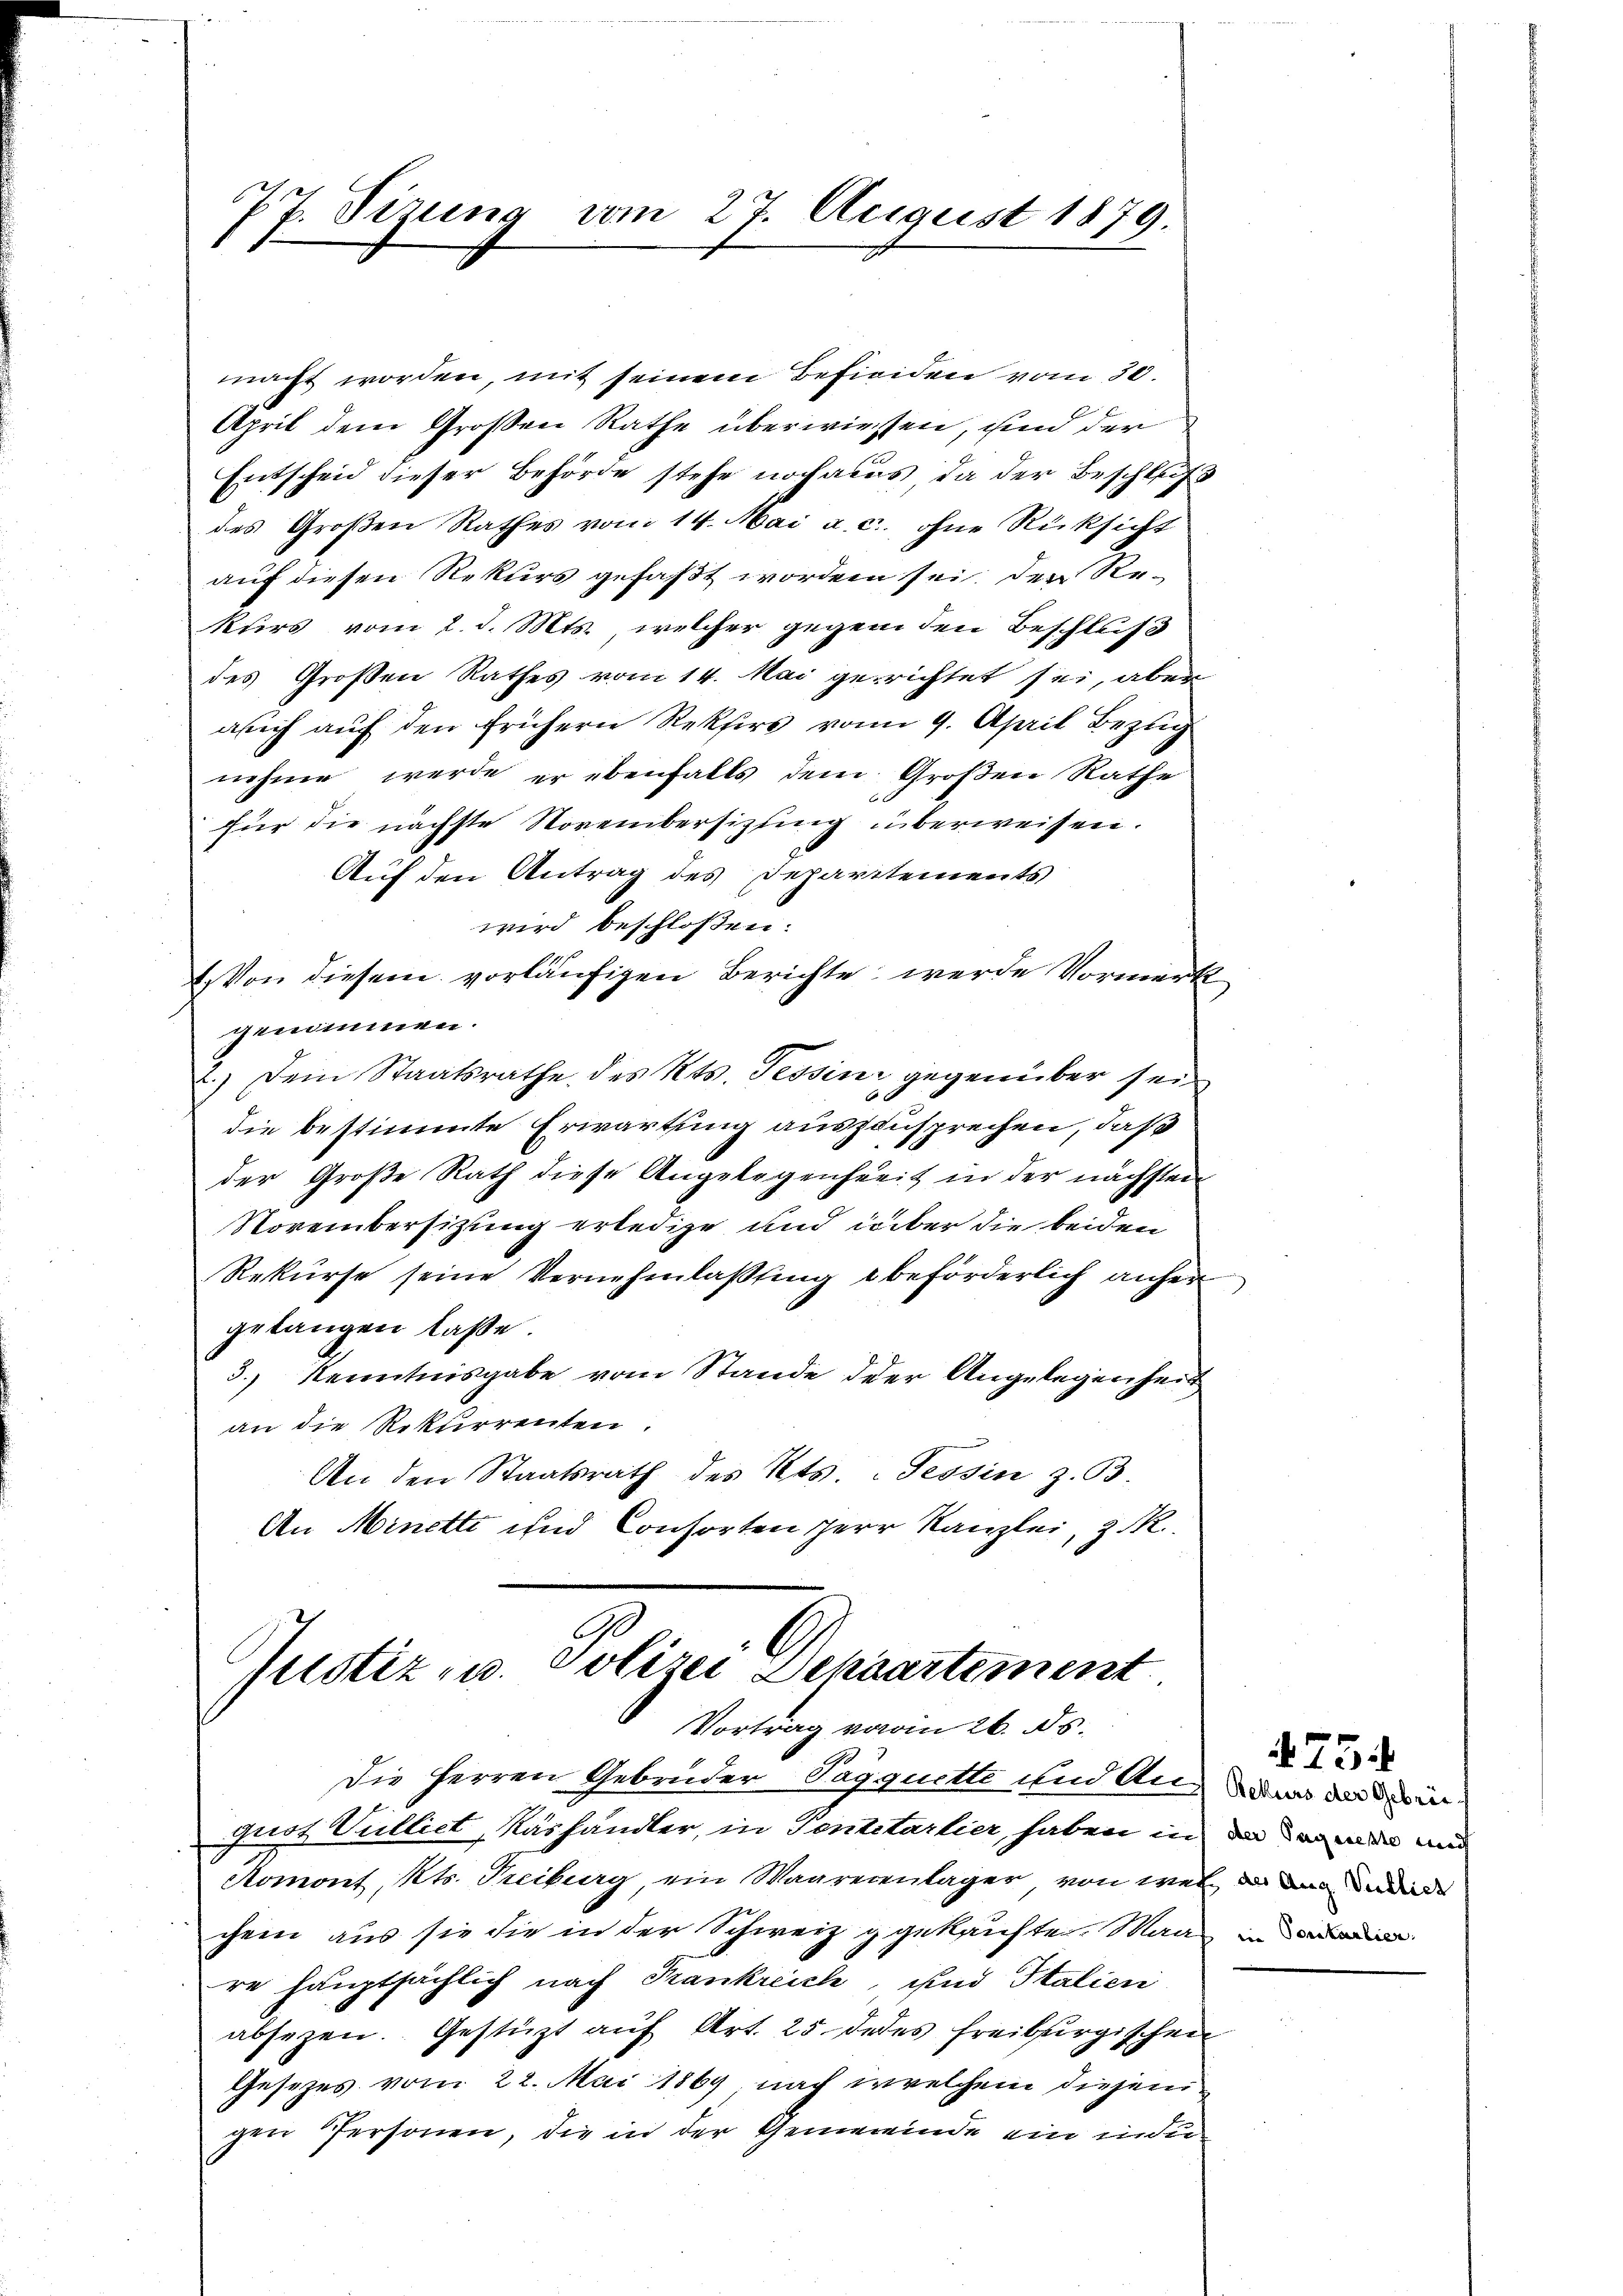
77. Sizung vom 27. August 1879.

macht worden, mit seinem Befieden vom 30.
April dem Großen Rathe überwiesen, und der
Entscheid dieser Behörde stehe noch aus, da der Beschluß
des Großen Rathes vom 14. Mai a. c. ohne Rücksicht
auf diesen Rekurs gefaßt worden sei, der Re-
kurs vom 2. d. Mts., welcher gegen den Beschluß
des Großen Rathes vom 14. Mai gerichtet sei, aber
asich auf den frühern Rektors vom 9. April Bezug
nehme werde er ebenfalls dem Großen Rathe
fier die nächste Novembersitztung überweisen.
Auf den Antrag des Departements
wird beschloßen:
1. Von diesem vorläufigen Berichte werde Vormerk
genommen.
2.) Dem Staatsrathe des Kts. Tessin gegenüber sei
die bestimmte Erwartung auszusprechen, daß
der Große Rath diese Angelegenheit in der nächsten
Novembersizung erledige und über die beiden
Rekurse seine Vernehmlassung beförderlich anfer
gelangen laße
3.) Kenntnisgabe vom Stande der Angelegenheit
an die Rekurrenten.
An den Staatsrath des Kts. Tessin z. B.
An Minetti und Consorten Herr Kanzlei, z. R.

Justiz u. Polizei Dehaartement
Vortrag von 26. ds.
Die Herren Gebrüder Pagquette und Anna an di

guot Vulliet, Käshändler, in Pentetartier, haben in da da war und
Aomont, Kts. Treiburg, ein Waarerenlager von weil an de
chein aus sie die in der Schweiz gekaufte. Man in
re hauptsächlich nach Krankreich, und Italien
absezen. Gestützt auf Art. 25. Jedes freiburgischen
Gesezes vom 22. Mai 1869 nach welchem diesem
gen Personen, die in der Gemeinde ein in die

.

75.